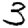
Digit: 3